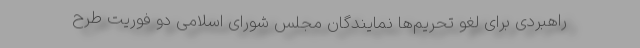
راهبردی برای لغو تحریم‌ها نمایندگان مجلس شورای اسلامی دو فوریت طرح